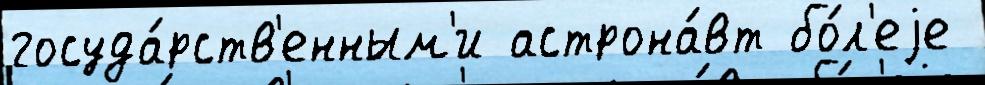
госуда́рств'енным'и астрона́вт бо́л'еjе